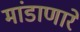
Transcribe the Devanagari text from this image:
मांडाणारे